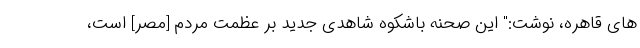
های قاهره، نوشت:" این صحنه باشکوه شاهدی جدید بر عظمت مردم [مصر] است،